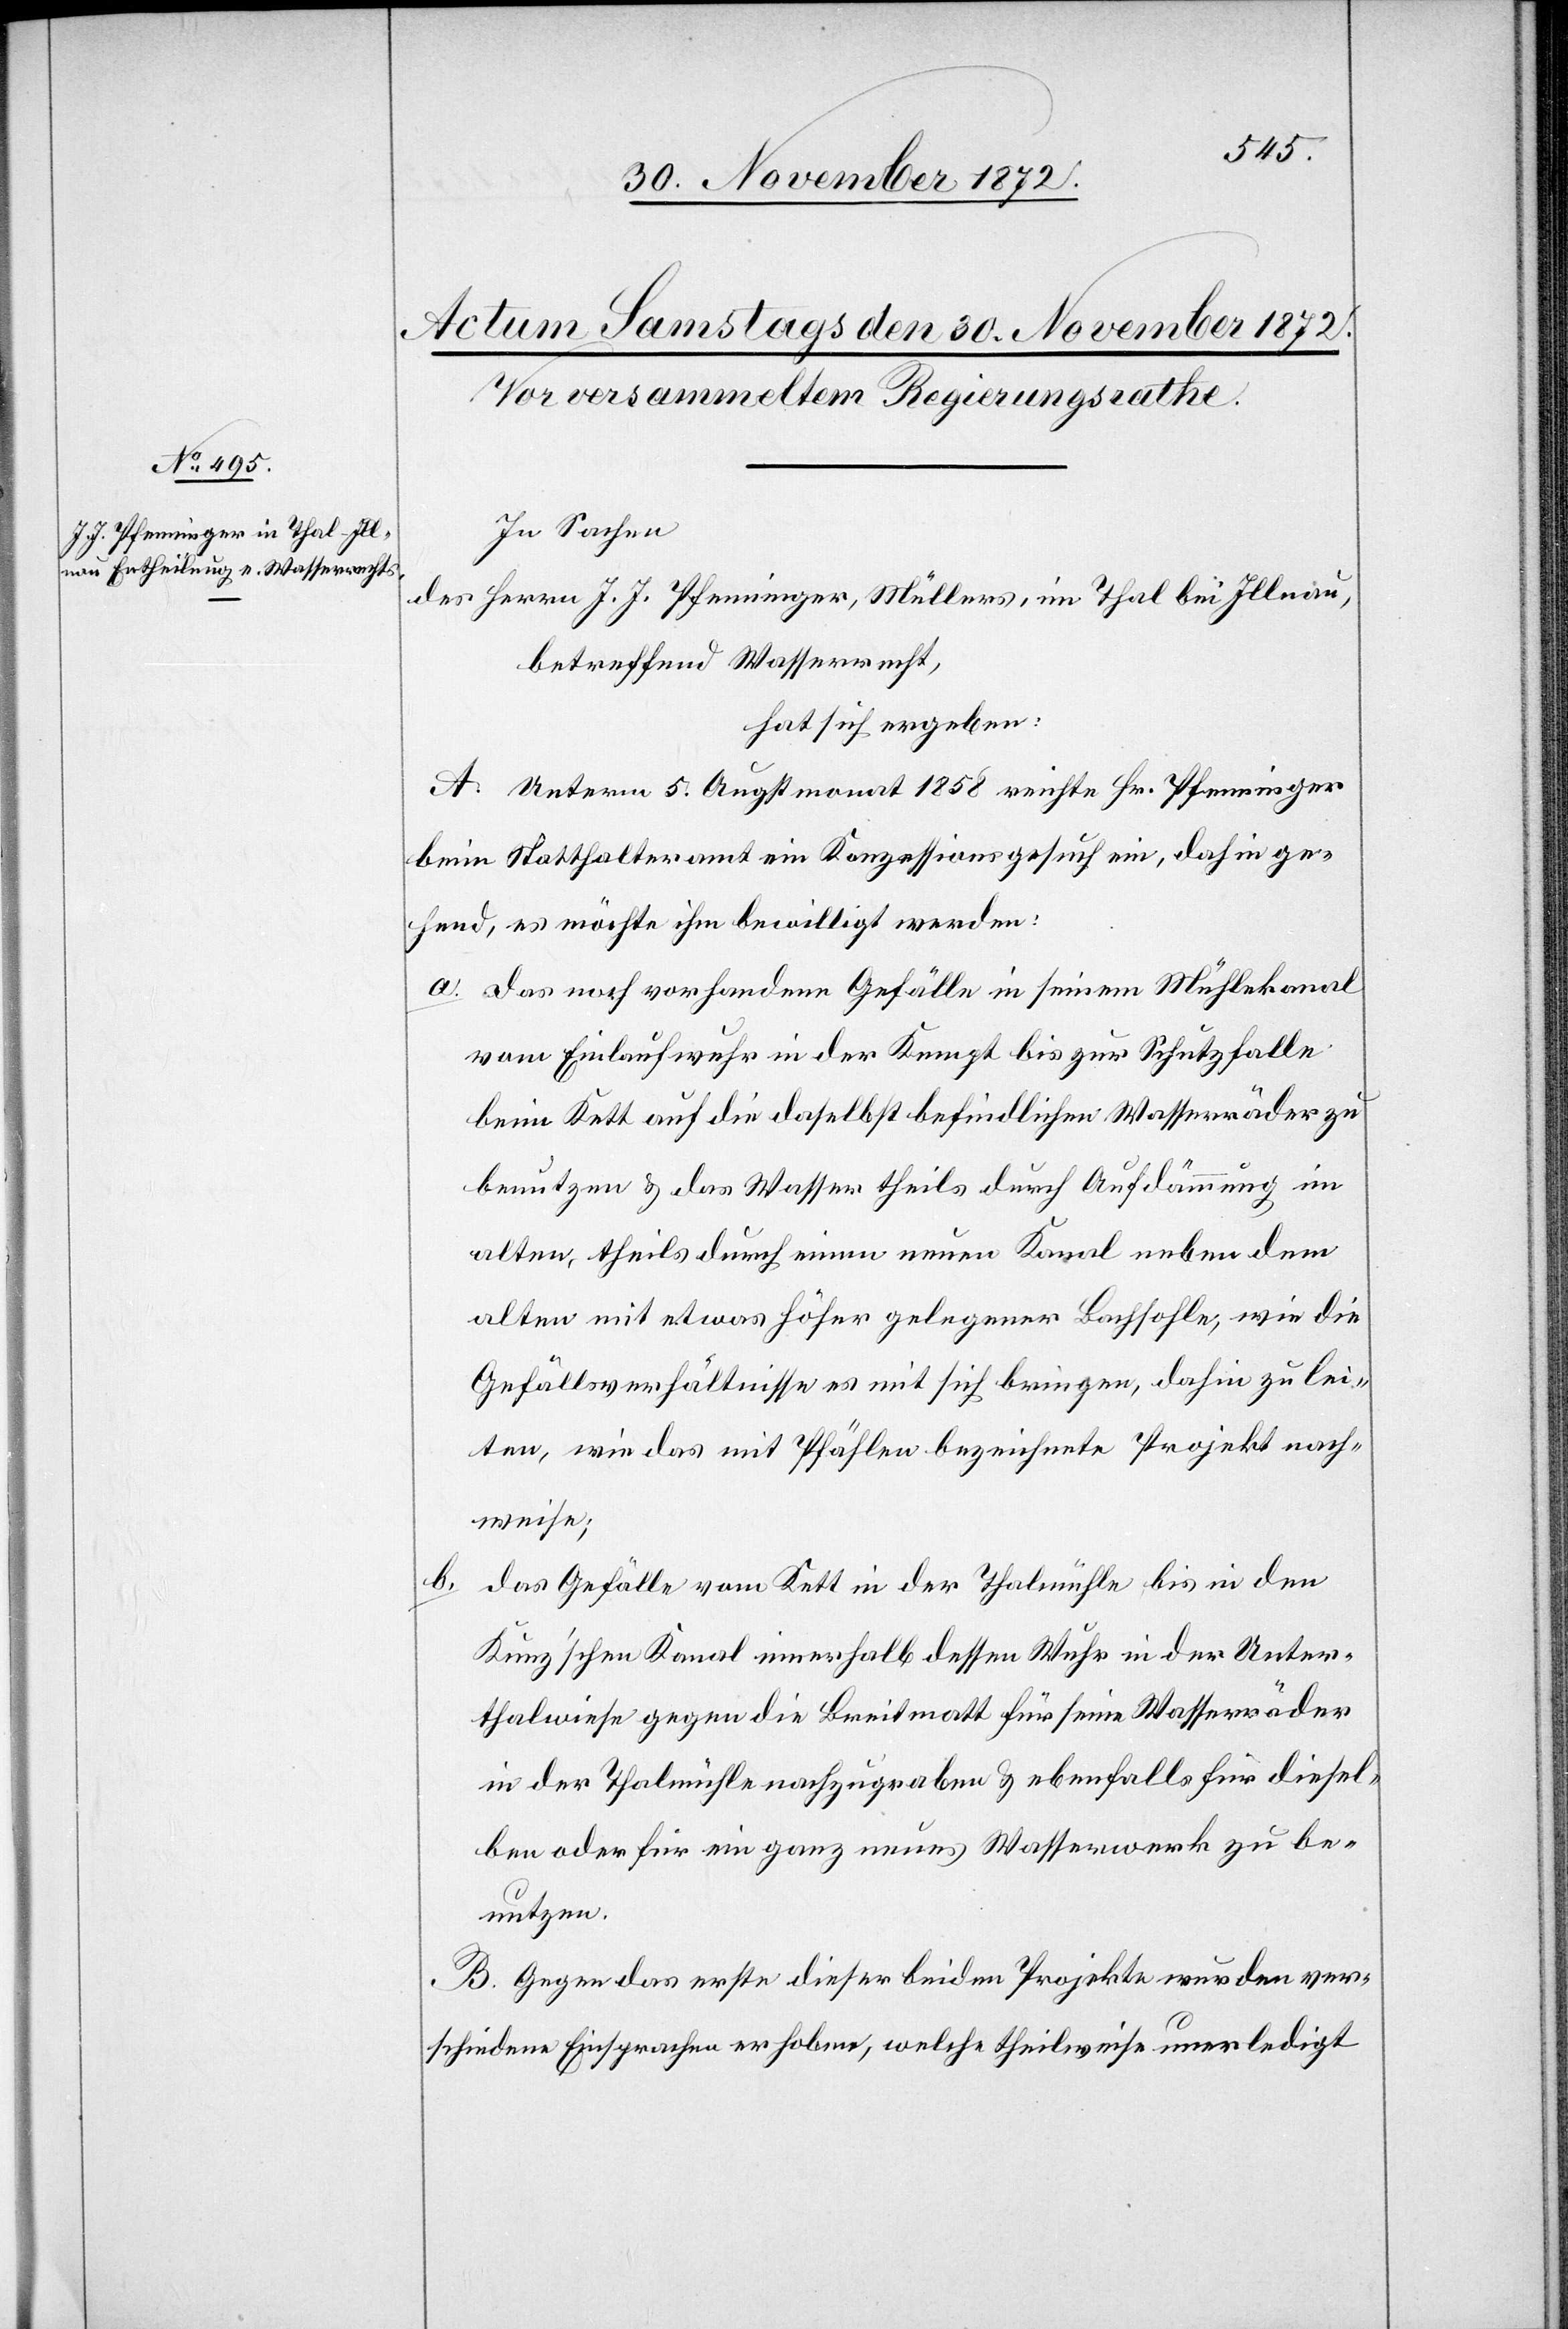
b.

In Sachen
des Herrn J. J. Pfenninger, Müllers, im Thal bei Illnau,
betreffend Wasserrecht,
hat sich ergeben:
A. Unterm 5. Augstmonat 1858 reichte Hr. Pfenninger
beim Statthalteramt ein Konzessionsgesuch ein, dahin ge¬
hend, es möchte ihm bewilligt werden:
a. das noch vorhandene Gefälle in seinem Mühlekanal
vom Einlaufwuhr in der Kempt bis zur Schutzhalle
beim Kett auf die daselbst befindlichen Wasserräder zu
benutzen u. das Wasser theils durch Aufdämmung im
alten, theils durch einen neuen Kanal neben dem
alten mit etwas höher gelegener Bachsohle, wie die
Gefällsverhältnisse es mit sich bringen, dahin zu lei¬
ten, wie das mit Pfählen bezeichnete Projekt nach¬
weise;
das Gefälle vom Kett in der Thalmühle bis in den
Kunz’schen Kanal innerhalb dessen Wuhr in der Unter¬
thalwiese gegen die Breitmatt für seine Wasserräder
in der Thalmühle nachzugraben u. ebenfalls für diesel¬
ben oder für ein ganz neues Wasserwerk zu be¬
nutzen.
B. Gegen das erste dieser beiden Projekte wurden ver¬
schiedene Einsprachen erhoben, welche theilweise unerledigt